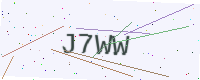
Text: J7WW